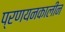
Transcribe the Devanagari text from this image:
प्रणयनकालीन